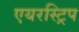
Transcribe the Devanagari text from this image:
एयरस्ट्रिप